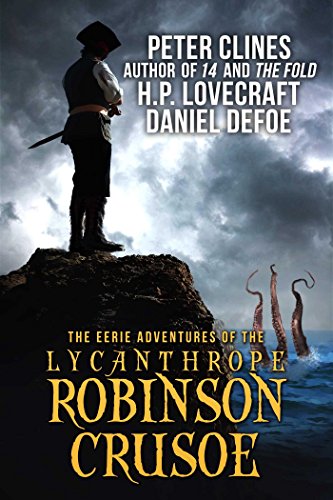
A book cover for The Eerie Adventures of the Lycanthrope Robinson Crusoe; Peter Clines; Literature & Fiction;